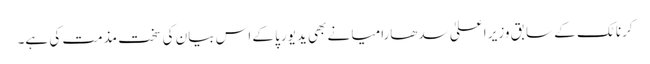
کرناٹک کے سابق وزیر اعلیٰ سدھارامیا نے بھی یدیورپا کے اس بیان کی سخت مذمت کی ہے۔